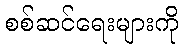
စစ်ဆင်ရေးများကို